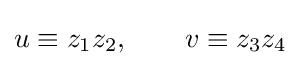
u\equiv z_{1}z_{2},\qquad v\equiv z_{3}z_{4}